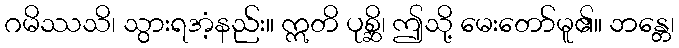
ဂမိဿသိ၊ သွားရအံ့နည်း။ ဣတိ ပုစ္ဆိ၊ ဤသို့ မေးတော်မူ၏။ ဘန္တေ၊